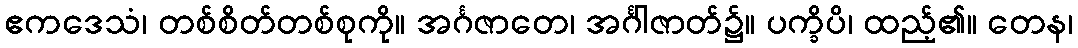
ဧကဒေသံ၊ တစ်စိတ်တစ်စုကို။ အင်္ဂဇာတေ၊ အင်္ဂါဇာတ်၌။ ပက္ခိပိ၊ ထည့်၏။ တေန၊